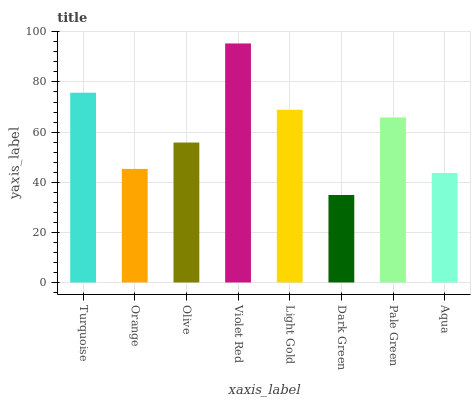
| xaxis_label | bars |
 | --- | --- |
 | Turquoise | 75.7 |
 | Orange | 45.3 |
 | Olive | 55.8 |
 | Violet Red | 95.4 |
 | Light Gold | 68.9 |
 | Dark Green | 34.9 |
 | Pale Green | 65.8 |
 | Aqua | 43.7 |